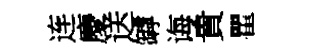
连慶送罅诲貴瞿